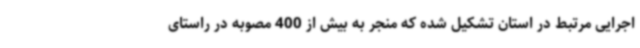
اجرایی مرتبط در استان تشکیل شده که منجر به بیش از 400 مصوبه در راستای